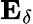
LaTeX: \mathbf{E}_{\delta}